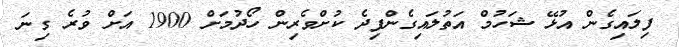
ފިލައިގެން އުޅޭ ޝަހުމް އަތުލައިގެންފިދެ ކުށްވެރިން ހޯދުމަށް 1900 އަށް ވުރެ ގިނަ